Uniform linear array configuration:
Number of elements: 8
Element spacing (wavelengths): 0.75
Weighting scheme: uniform
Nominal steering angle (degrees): -30
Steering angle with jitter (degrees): -28.022
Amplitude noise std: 0.05
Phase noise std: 0.05

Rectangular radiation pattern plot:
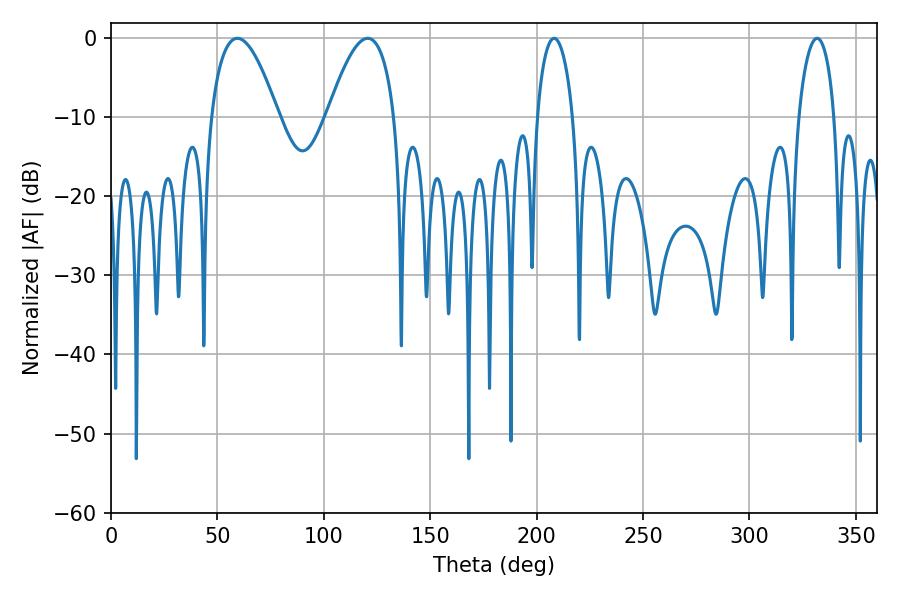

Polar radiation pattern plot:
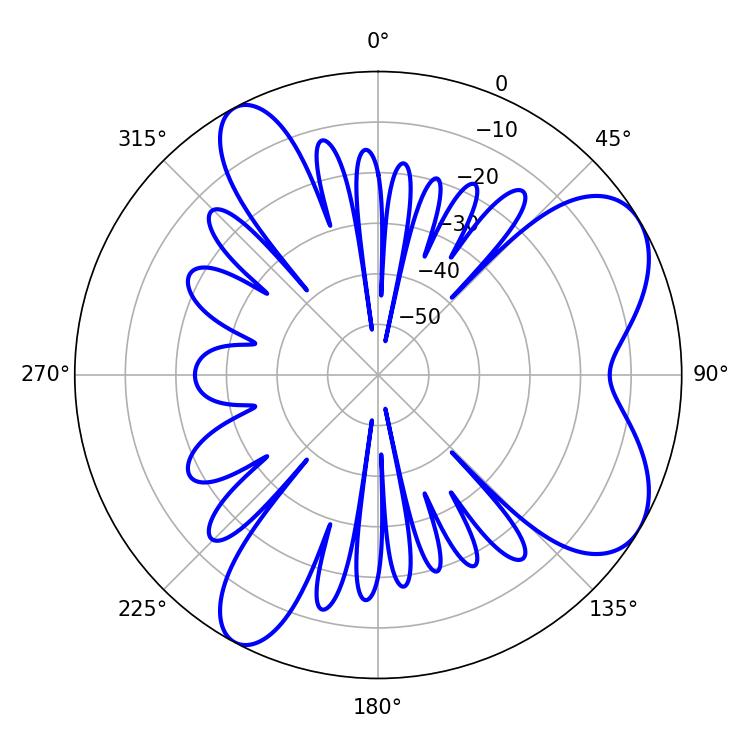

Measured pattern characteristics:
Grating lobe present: TRUE
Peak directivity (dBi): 6.969
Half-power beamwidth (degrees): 17.28
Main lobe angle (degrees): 59.4